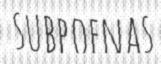
SUBPOENAS